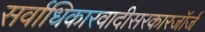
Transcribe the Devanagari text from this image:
सर्वाधिकारवादीसरकारजॉर्ज